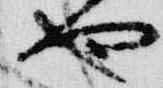
也